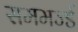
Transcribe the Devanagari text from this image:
सममर्ज्ड